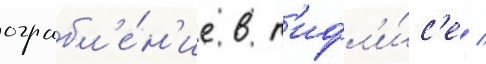
ограбл'е́н'ие в т'ифл'и́с'е /